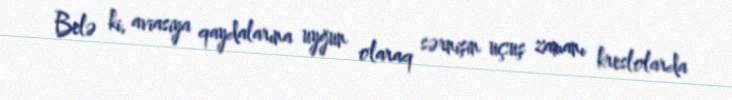
Belə ki, aviasiya qaydalarına uyğun olaraq sərnişin uçuş zamanı kreslolarda